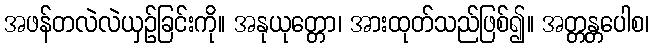
အဖန်တလဲလဲယှဉ်ခြင်းကို။ အနုယုတ္တော၊ အားထုတ်သည်ဖြစ်၍။ အတ္တန္တပေါစ၊